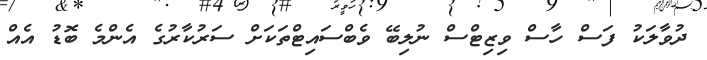
ދުވާލަކު ފަސް ހާސް ވިޒިޓްސް ނުލިބޭ ވެބްސައިޓްތަކަށް ސަރުކާރުގެ އެންމެ ބޮޑު އެއް